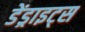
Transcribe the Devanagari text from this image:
डेंड्राइट्स